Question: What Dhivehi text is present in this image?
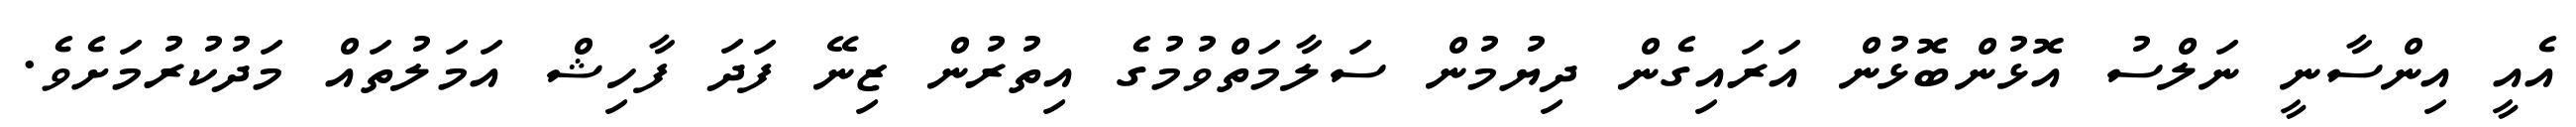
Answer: އެއީ އިންސާނީ ނަލްސު އޮޅުންބޮޅުން އަރައިގެން ދިޔުމުން ސަލާމަތްވުމުގެ އިތުރުން ޒިނޭ ފަދަ ފާހިޝް އަމަލުތައް މަދުކުރުމަށެވެ.